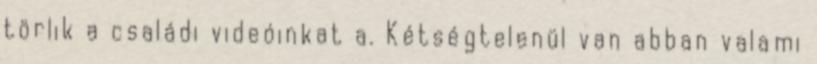
törlik a családi videóinkat a. Kétségtelenül van abban valami